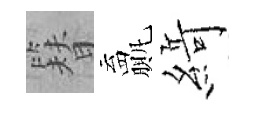
簪贏𦂶